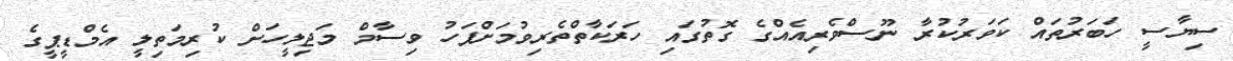
ސިޔާސީ ހަބަރުތައް ކަވަރުކުރާ ނޫސްވެރިއެއްގެ ގޮތުގައި ހަރަކާތްތެރިވުމަށްފަހު ވިސާމް މަޖިލީހަށް ކުރިމަތިލީ އެމްޑީޕީގެ